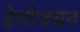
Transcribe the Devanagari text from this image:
हेमोजयन